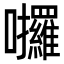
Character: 𡆆